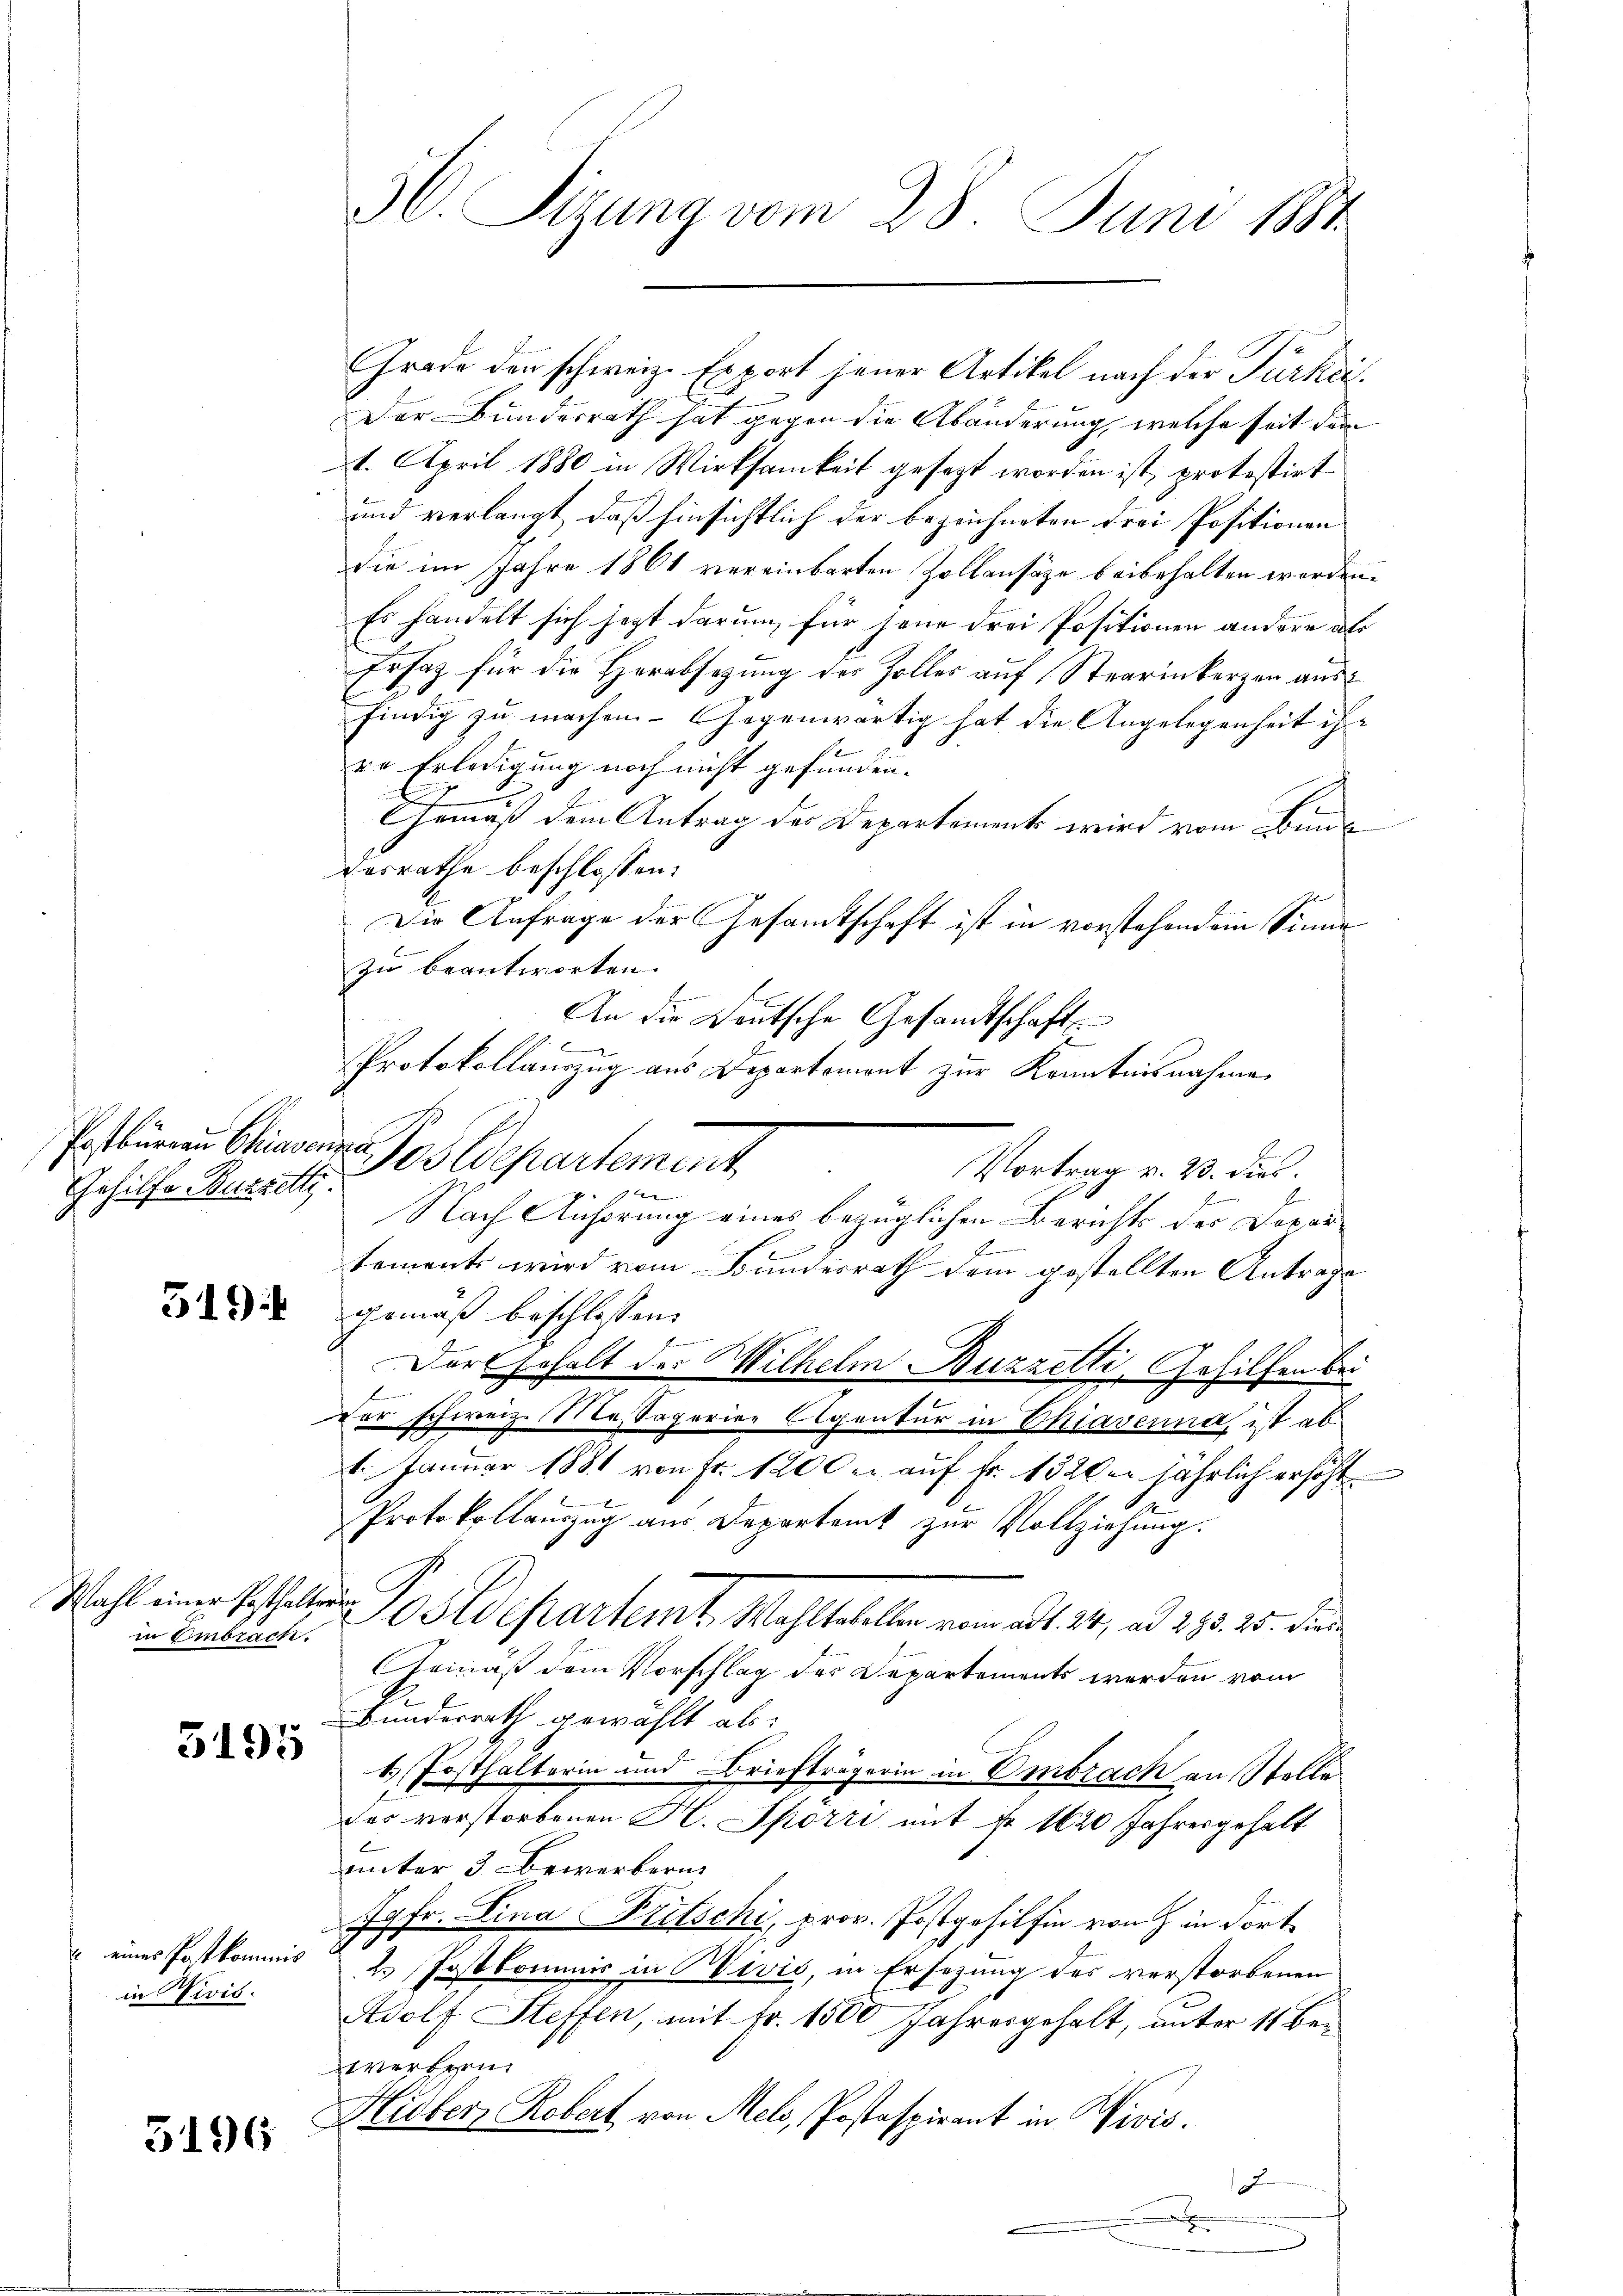
Postbureau Chiaventa
Gehilfe Buzzelti.

519

Wahl einer Posthalterun
in Embrach.

5195

eines Postkommis
in Vivis:

5196

30. Sizung vom 28. Juni 1881.

Grade der schweiz. Export jener Artikel nach der Türkei
Der Bundesrath hat gegen die Abänderung, welche seit dem
4. April 1880 in Wirksamkeit gesezt worden ist, protostirt
und verlangt, daß hinsichtlich der bezeichneten Frei Positionen
die im Jahre 1861 vereinbarten Zollansäze beibehalten werden.
Es handelt sich jetzt darum, für jene drei Positionen andere als
Ersatz für die Herabsetzung des Zolles auf Stearinkerzen aus¬
¬
findig zu machen - Gegenwärtig hat die Angelegenheit ih
1
rr Erledigung noch nicht gefunden.
2
E
Gemäß dem Antrag der Departement wird vom Bun¬
Desrathe beschlossen:
Die Anfrage der Gesandtschaft ist in vorstehendem Sinne
zu beantworten.
E
An die Deutsche Gesandtschaft
Protokollauszug aus Departement zur Kenntnisnahme
Postdepartement
Vortrag u. 23. dies
x
Nach Anhörung eines bezüglichen Berichts der Departements wird vom Bundesrath dem gestellten Antrage
gemäß beschlossen:
Dort Gehalt der Wilhelm Buzzetti, Gehilfen bei
vor schweiz. Massaperien Agentur in Chiaverna, ist ab¬
1. Januar 1881 von Fr. 1200 er auf Fr. 1320er jährlich erhöht
Protokollauszug aus Departamt zur Vollziehung.
20separteint. Wahlaller vom 21. 24. ad 298 20. die
Gemäß dem Vorschlag des Departements werden vom
Bunderrath gewählt als:
1) Posthaltorin und Briefträgerin in Embrach ausstelle
des verstorbenen H. Spörri mit Fr. 1620 Jahresgehalt
unter 3 Bewerbern
Jgfr. Lina Pitschi, prov. Postgehilfen von in dort
2. Postkommis in Divis, in Ersezung des verstorbenen
Adolf Steffen, mit Fr. 1500 Jahresgehalt, unter 11 Bewerfern
Hieber Robert von Mels, Postaspirant in Vivis.
1
.